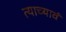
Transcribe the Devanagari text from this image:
त्याच्यावं